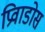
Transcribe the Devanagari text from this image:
प्रिवाडोस